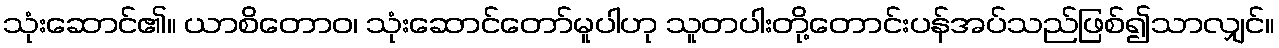
သုံးဆောင်၏။ ယာစိတောဝ၊ သုံးဆောင်တော်မူပါဟု သူတပါးတို့တောင်းပန်အပ်သည်ဖြစ်၍သာလျှင်။